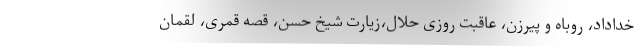
خداداد، روباه و پیرزن، عاقبت روزی حلال،زیارت شیخ حسن، قصه قمری، لقمان